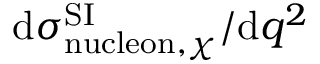
\mathrm { d } \sigma _ { \mathrm { n u c l e o n } , \chi } ^ { \mathrm { S I } } / \mathrm { d } q ^ { 2 }